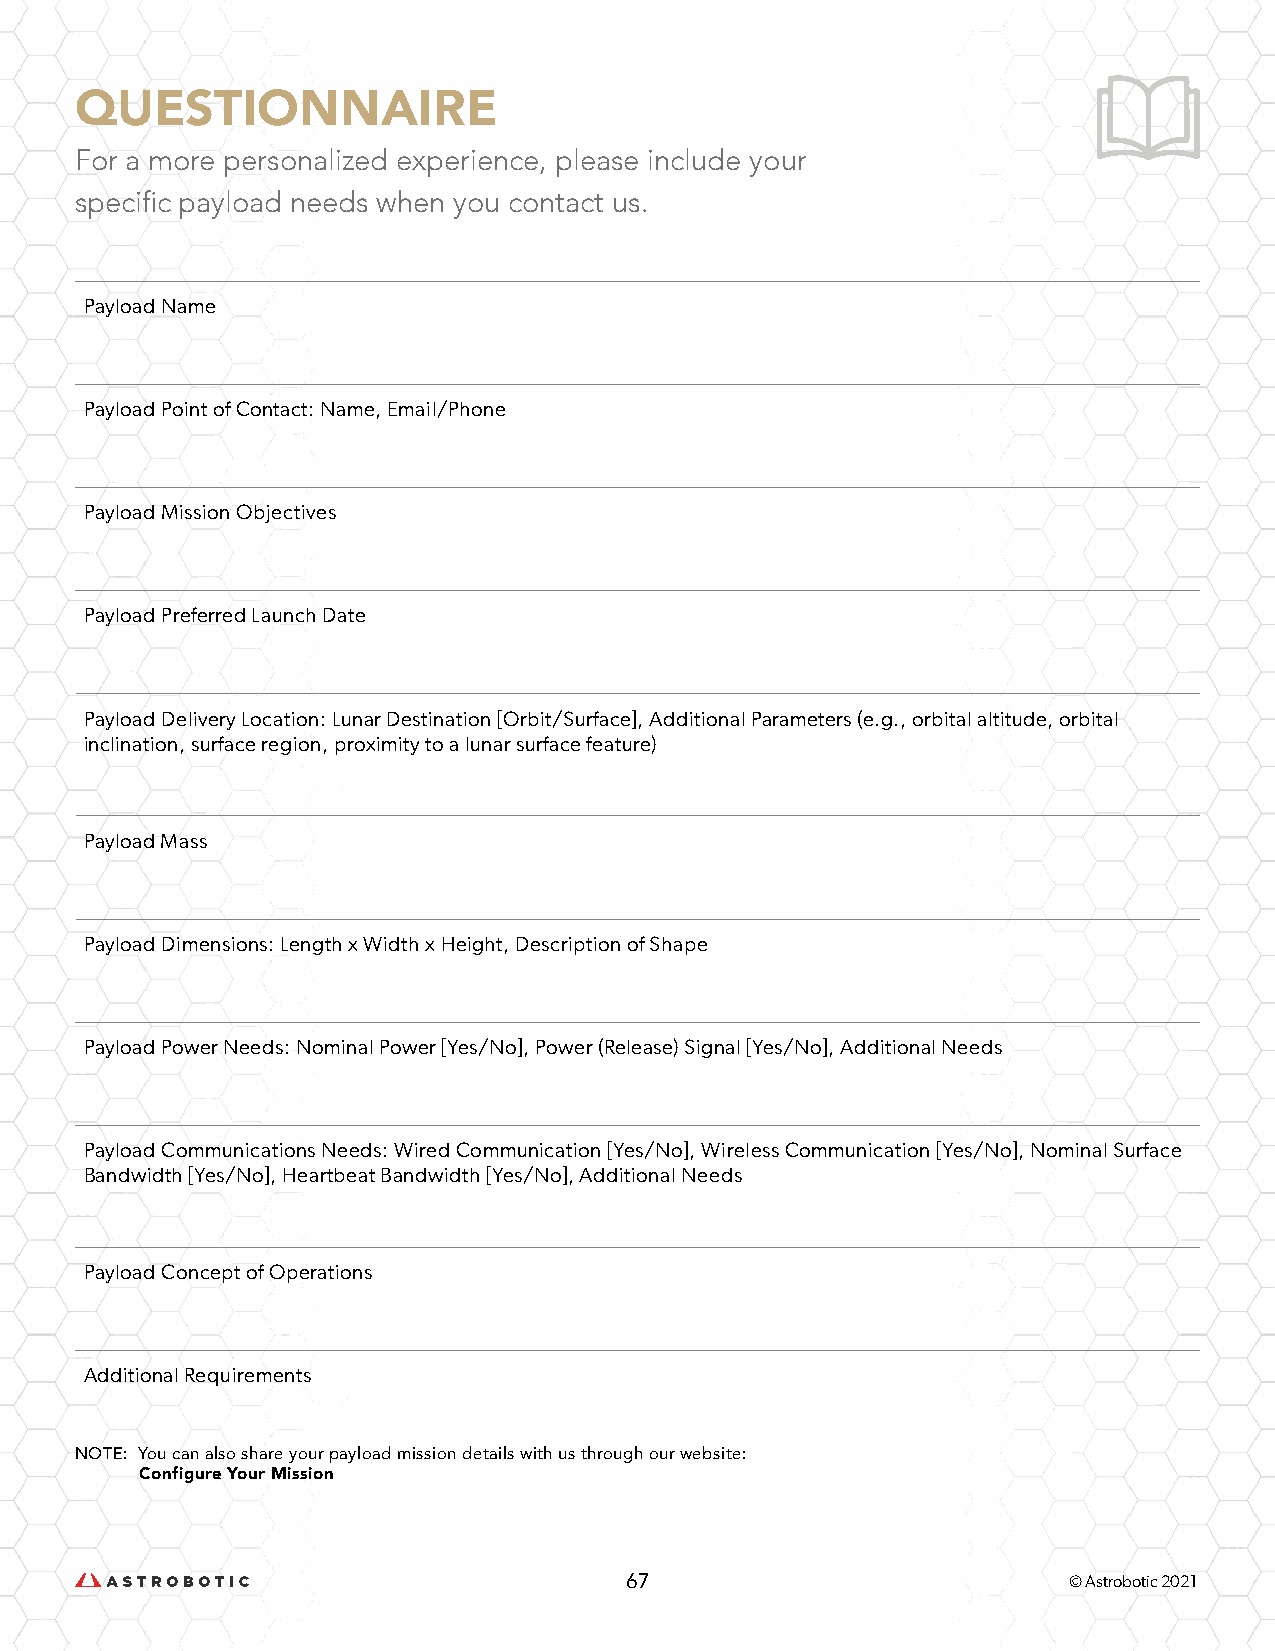
QUESTIONNAIRE
 For a more personalized experience, please include your
 specific payload needs when you contact us.
 Payload Name
 Payload Point of Contact: Name, Email/Phone
 Payload Mission Objectives
 Payload Preferred Launch Date
 Payload Delivery Location: Lunar Destination [Orbit/Surface], Additional Parameters (e.g., orbital altitude, orbital
 inclination, surface region, proximity to a lunar surface feature)
 Payload Mass
 Payload Dimensions: Length x Width x Height, Description of Shape
 Payload Power Needs: Nominal Power [Yes/No], Power (Release) Signal [Yes/No], Additional Needs
 Payload Communications Needs: Wired Communication [Yes/No], Wireless Communication [Yes/No], Nominal Surface
 Bandwidth [Yes/No], Heartbeat Bandwidth [Yes/No], Additional Needs
 Payload Concept of Operations
 Additional Requirements
 NOTE: You can also share your payload mission details with us through our website:
 Configure Your Mission
 67                            © Astrobotic 2021